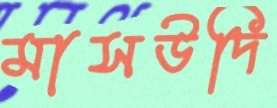
মাসউদি